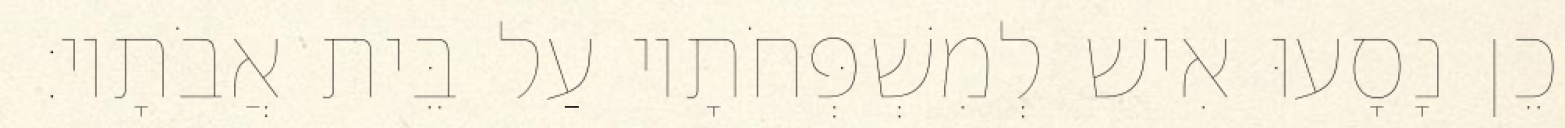
וְכֵן נָסָעוּ אִישׁ לְמִשְׁפְּחֹתָיו עַל בֵּית אֲבֹתָיו׃